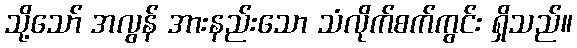
သို့သော် အလွန် အားနည်းသော သံလိုက်စက်ကွင်း ရှိသည်။